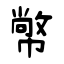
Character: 幤